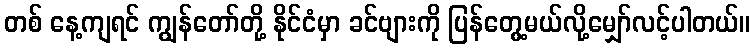
တစ် နေ့ကျရင် ကျွန်တော်တို့ နိုင်ငံမှာ ခင်ဗျားကို ပြန်တွေ့မယ်လို့မျှော်လင့်ပါတယ်။